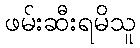
ဖမ်းဆီးရမိသူ